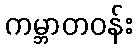
ကမ္ဘာတဝန်း